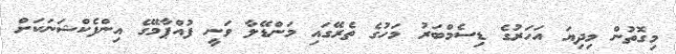
މިގޮތުން މިދިޔަ އަހަރުގެ ޑިސެމްބަރު މަހުގެ ތެރޭގައި މަންޑޭލާ ވަނީ ފުއްޕާމޭގެ އިންފެކްޝަނަކަށް